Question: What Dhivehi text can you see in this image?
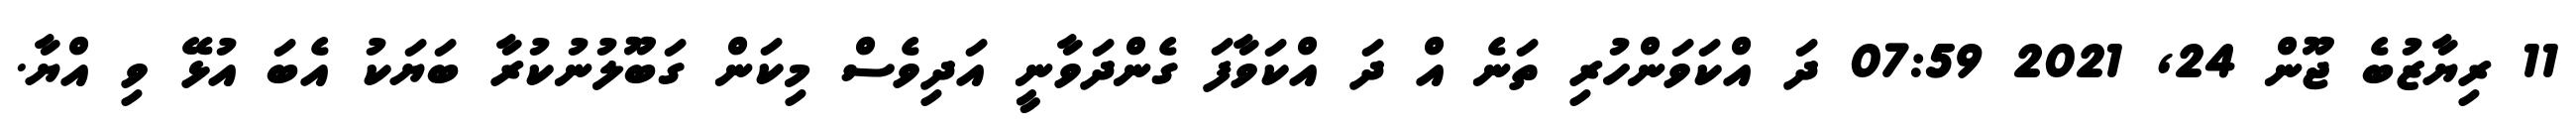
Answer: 11 ރިޔާޒުބެ ޖޫން 24, 2021 07:59 ދަ އްކަވަންހުރި ތަނެ އް ދަ އްކަވާފަ ގެންދަވާނީ އަދިވެސް މިކަން ގަބޫލުނުކުރާ ބަޔަކު އެބަ އުޅޭ ވި އްޔާ.